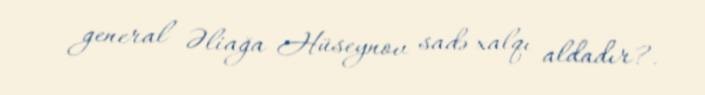
general Əliağa Hüseynov sadə xalqı aldadır?.